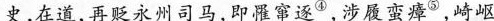
史，在道，再贬永州司马，即罹窜逐^{④}，涉履蛮瘴^{⑤}，崎岖